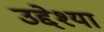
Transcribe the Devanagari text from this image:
उद्देश्या